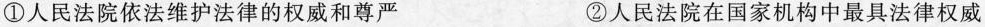
①人民法院依法维护法律的权威和尊严 ②人民法院在国家机构中最具法律权威